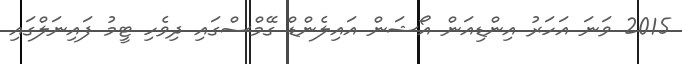
2015 ވަނަ އަހަރު އިންޑިއަން އޯޝަން އައިލެންޑް ގޭމްސްގައި ދިވެހި ޓީމު ފައިނަލްގައި